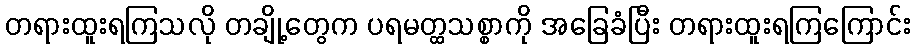
တရားထူးရကြသလို တချို့တွေက ပရမတ္ထသစ္စာကို အခြေခံပြီး တရားထူးရကြကြောင်း